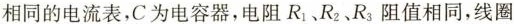
相同的电流表，C为电容器，电阻R_{1}、R_{2}、R_{3}阻值相同，线圈